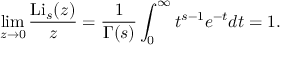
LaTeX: \operatorname* { l i m } _ { z \to 0 } { \frac { \operatorname { L i } _ { s } ( z ) } { z } } = { \frac { 1 } { \Gamma ( s ) } } \int _ { 0 } ^ { \infty } { t ^ { s - 1 } e ^ { - t } } d t = 1 .